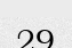
29